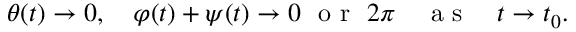
\begin{array} { r } { \theta ( t ) \rightarrow 0 , \quad \varphi ( t ) + \psi ( t ) \rightarrow 0 ~ \mathrm { ~ o ~ r ~ } ~ 2 \pi \quad \mathrm { ~ a ~ s ~ } \quad t \rightarrow t _ { 0 } . } \end{array}